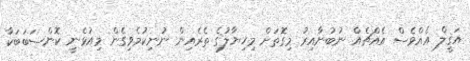
އަޤީލް އެއްވެސް އެއްޗެއް ނުބުނާއިރު މިގޮތަށް މިޚިޔާލުގެ ތެރެއިން ނުނިކުމެވިގެން މިއުޅެނީ ކޮންސަބަބަކާ